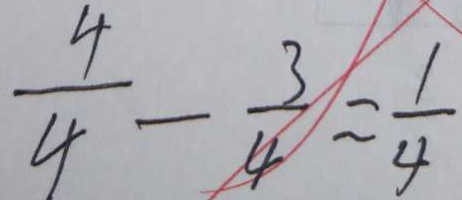
\frac { 4 } { 4 } - \frac { 3 } { 4 } = \frac { 1 } { 4 }